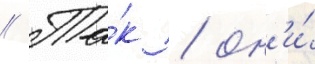
// Та́к / он'и́